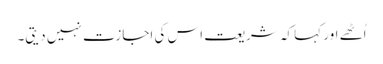
اُٹھے اور کہا کہ شریعت اس کی اجازت نہیں دیتی۔